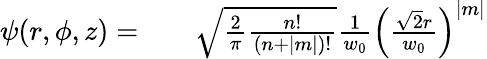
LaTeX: \begin{array}{rlr}{\psi(r,\phi,z)=}&{{}}&{\sqrt{\frac{2}{\pi}\frac{n!}{(n+|m|)!}}\frac{1}{w_{0}}\left(\frac{\sqrt{2}r}{w_{0}}\right)^{|m|}}\end{array}